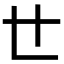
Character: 𠃒